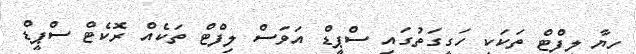
ހިޔާ ލިފްޓް ތަކަކީ ހަގީގަތުގައި ސްޕީޑް އަވަސް ލިފްޓް ތަކެއް ރޮކެޓް ސްޕީޑް